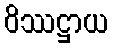
ဝိဿဋ္ဌာယ